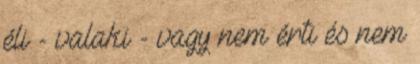
éli - valaki - vagy nem érti és nem